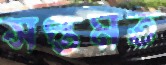
সপ্তমত